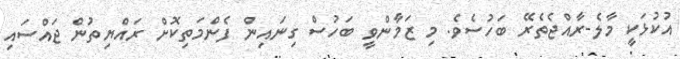
އުކުޅަކީ މާލެ-ރާއްޖެތެރޭ ބަހުސެވެ. މި ޒަމާންވީ ބަހުސް ގިނައިން ފެންމަތިކޮށް ރައްޔިތުން ޖައްސައި